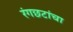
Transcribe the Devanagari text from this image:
रंगछटांचा